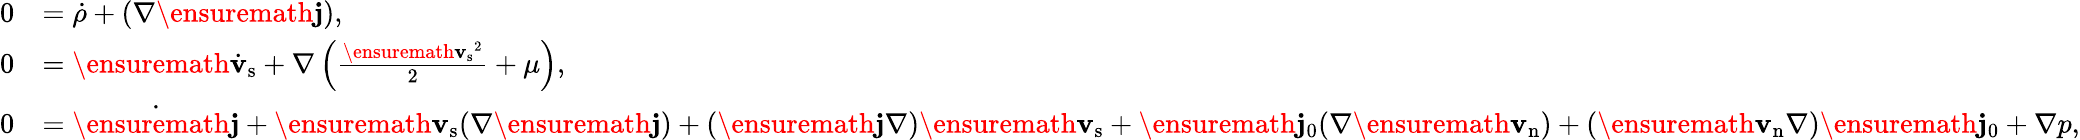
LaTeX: \begin{array}{rl}{0}&{=\dot{\rho}+(\nabla\ensuremath{\mathbf{j}}),}\\ {0}&{=\ensuremath{\dot{\mathbf{v}}_{\mathrm{s}}}+\nabla\left(\frac{\ensuremath{\mathbf{v}_{\mathrm{s}}}^{2}}{2}+\mu\right),}\\ {0}&{=\dot{\ensuremath{\mathbf{j}}}+\ensuremath{\mathbf{v}_{\mathrm{s}}}(\nabla\ensuremath{\mathbf{j}})+(\ensuremath{\mathbf{j}}\nabla)\ensuremath{\mathbf{v}_{\mathrm{s}}}+\ensuremath{\mathbf{j}_{0}}(\nabla\ensuremath{\mathbf{v}_{\mathrm{n}}})+(\ensuremath{\mathbf{v}_{\mathrm{n}}}\nabla)\ensuremath{\mathbf{j}_{0}}+\nabla p,}\end{array}